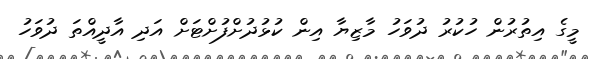
މީގެ އިތުރުން ހުކުރު ދުވަހު މާޒިޔާ އިން ކުޅުދުށްފުށްޓަށް އަދި އާދީއްްތަ ދުވަހު